画像に写った文字を読んでください
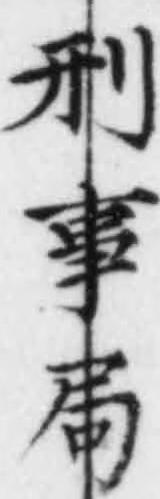
「刑事局」と書いてあります